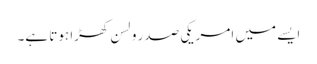
ایسے میں امریکی صدر ولسن کھڑا ہوتا ہے۔